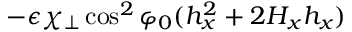
- \epsilon \chi _ { \perp } \cos ^ { 2 } \varphi _ { 0 } ( h _ { x } ^ { 2 } + 2 H _ { x } h _ { x } )